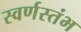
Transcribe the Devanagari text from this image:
स्वर्णस्तंभ